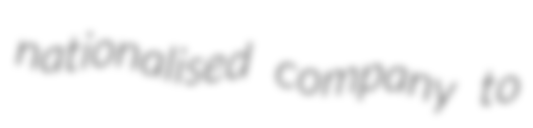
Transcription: nationalised company to